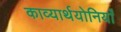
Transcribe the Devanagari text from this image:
काव्यार्थयोनियाँ